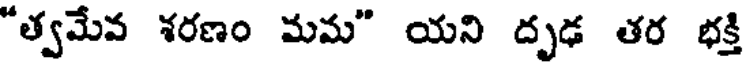
"త్వమేవ శరణం మమ" యని దృఢ తర భక్తి